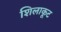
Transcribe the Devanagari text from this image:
शिलाकूट